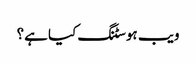
ویب ہوسٹنگ کیا ہے؟